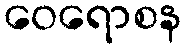
ဝေရောစန